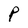
Character: P